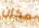
مكان